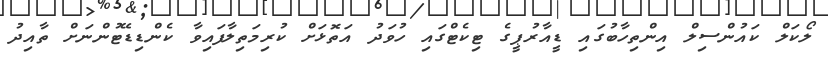
ލޯކަލް ކައުންސިލް އިންތިހާބުގައި ޑީއާރުޕީގެ ޓިކެޓްގައި ހުވަދު އަތޮޅަށް ކުރިމަތިލާފައިވާ ކެންޑިޑޭޓުންނަށް ތާއިދު